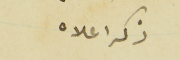
ذكر اعلاه